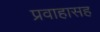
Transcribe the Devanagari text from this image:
प्रवाहासह